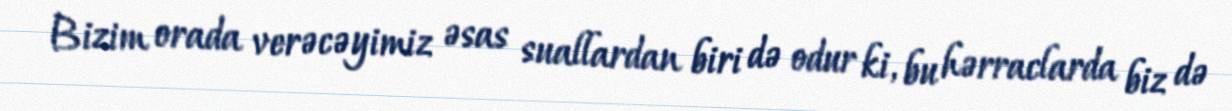
Bizim orada verəcəyimiz əsas suallardan biri də odur ki, bu hərraclarda biz də